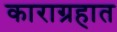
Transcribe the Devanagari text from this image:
काराग्रहात